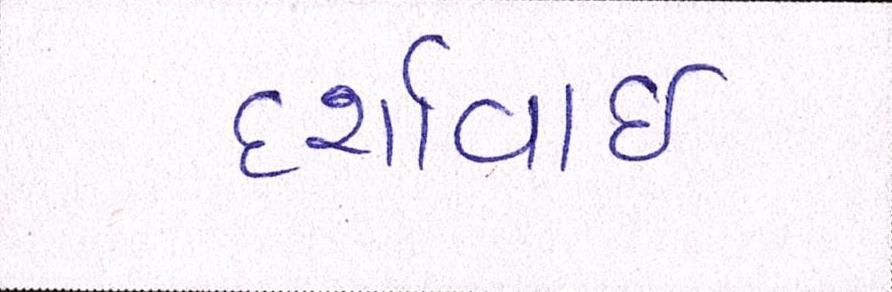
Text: દર્શાવાઈ